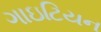
ગાઇટિયન